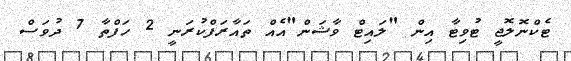
ޓެކްނޮލޮޖީ ޓުވިޓާ އިން "ލައިޓް ވާޝަން"އެއް ތައާރަފްކުރަނީ 2 ހަފްތާ 7 ދުވަސް